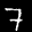
Label: 7